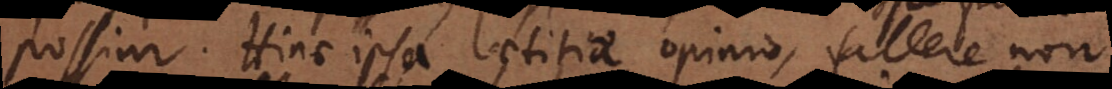
possim. Hinc ipsa laetitiae opinio, fallere non